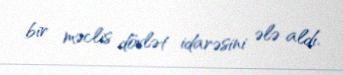
bir məclis dövlət idarəsini ələ aldı.